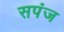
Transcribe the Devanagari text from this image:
सपंज